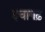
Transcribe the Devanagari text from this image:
इचागढ़